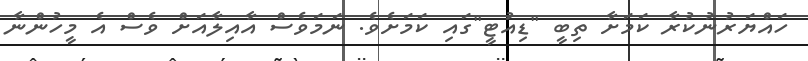
ހައްޔަރުނުކުރާ ކަމަށާ ތިބީ "ޑިއުޓީ"ގައި ކަމަށެވެ. ނަމަވެސް އާއިލާއަށް ވެސް އެ މީހުންނާ